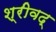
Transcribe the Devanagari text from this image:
श्रीवद्‌